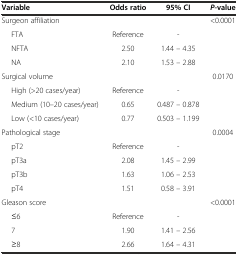
| Variable | Odds ratio | 95% CI | P-value |
 | --- | --- | --- | --- |
 | Surgeon affiliation |  |  | <0.0001 |
 | FTA | Reference | - |  |
 | NFTA | 2.50 | 1.44 – 4.35 |  |
 | NA | 2.10 | 1.53 – 2.88 |  |
 | Surgical volume |  |  | 0.0170 |
 | High (>20 cases/year) | Reference | - |  |
 | Medium (10–20 cases/year) | 0.65 | 0.487 – 0.878 |  |
 | Low (<10 cases/year) | 0.77 | 0.503 – 1.199 |  |
 | Pathological stage |  |  | 0.0004 |
 | pT2 | Reference | - |  |
 | pT3a | 2.08 | 1.45 – 2.99 |  |
 | pT3b | 1.63 | 1.06 – 2.53 |  |
 | pT4 | 1.51 | 0.58 – 3.91 |  |
 | Gleason score |  |  | <0.0001 |
 | ≤6 | Reference | - |  |
 | 7 | 1.90 | 1.41 – 2.56 |  |
 | ≥8 | 2.66 | 1.64 – 4.31 |  |